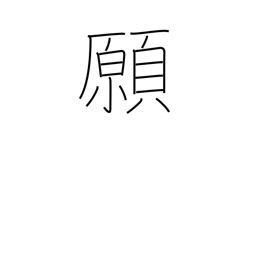
Meaning: petition